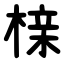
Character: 榇